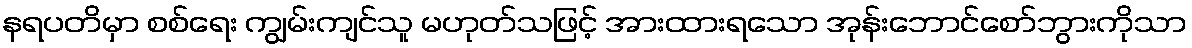
နရပတိမှာ စစ်ရေး ကျွမ်းကျင်သူ မဟုတ်သဖြင့် အားထားရသော အုန်းဘောင်စော်ဘွားကိုသာ